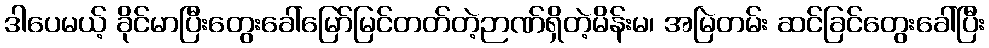
ဒါပေမယ့် ခိုင်မာပြီးတွေးခေါ်မြော်မြင်တတ်တဲ့ဉာဏ်ရှိတဲ့မိန်းမ၊ အမြဲတမ်း ဆင်ခြင်တွေးခေါ်ပြီး